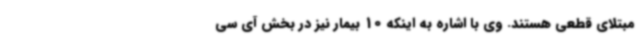
مبتلای قطعی هستند. وی با اشاره به اینکه 10 بیمار نیز در بخش آی سی